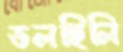
ডলছিলি